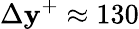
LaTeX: \Delta\mathbf{y}^{+}\approx130